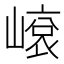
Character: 𡻨